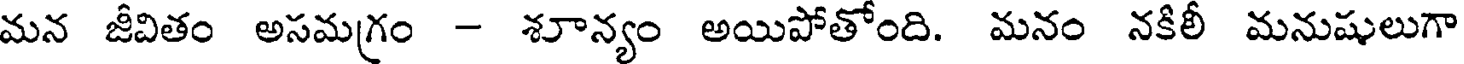
మన జీవితం అసమ(గం - శూన్యం అయిపోతోంది. మనం నకిలీ మనుషులుగా